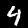
Label: 4